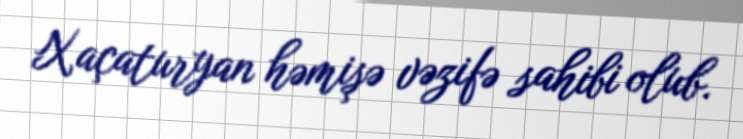
Xaçaturyan həmişə vəzifə sahibi olub.